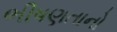
ભીષણતાનો